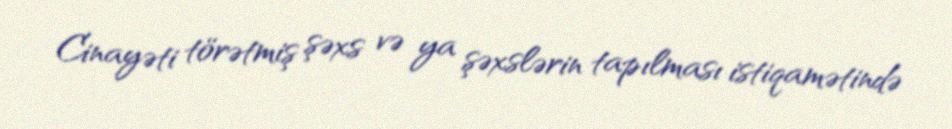
Cinayəti törətmiş şəxs və ya şəxslərin tapılması istiqamətində